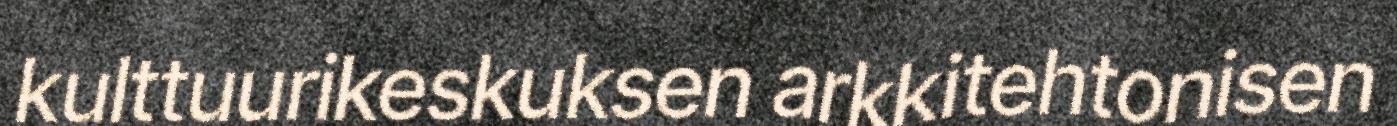
kulttuurikeskuksen arkkitehtonisen